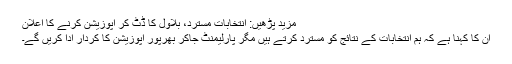
مزید پڑھیں: انتخابات مسترد، بلاول کا ڈٹ کر اپوزیشن کرنے کا اعلان
ان کا کہنا ہے کہ ہم انتخابات کے نتائج کو مسترد کرتے ہیں مگر پارلیمنٹ جاکر بھرپور اپوزیشن کا کردار ادا کریں گے۔